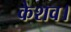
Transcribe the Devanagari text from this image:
केशव।